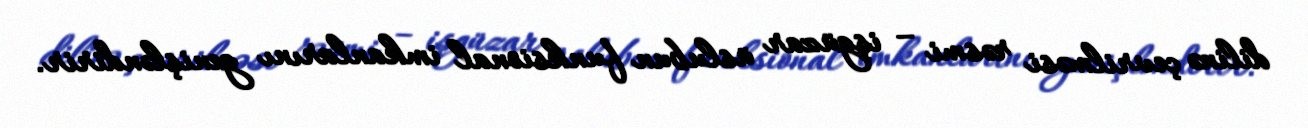
dilinə çevrilməsi rəsmi – işgüzar üslubun funksional imkanlarını genişləndirir.